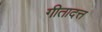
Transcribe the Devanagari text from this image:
गीतादत्त